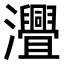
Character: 𤅚